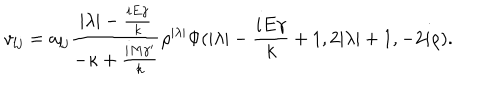
v _ { l j } = a _ { l j } { \frac { | \lambda | - { \frac { i E \gamma } { k } } } { - \kappa + { \frac { i M { \gamma } ^ { \prime } } { k } } } } { \rho } ^ { | \lambda | } \Phi ( | \lambda | - { \frac { i E \gamma } { k } } + 1 , 2 | \lambda | + 1 , - 2 i \rho ) .